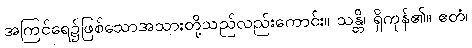
အကြင်ရေ၌ဖြစ်သောအသားတို့သည်လည်းကောင်း။ သန္တိ၊ ရှိကုန်၏။ ဧတံ၊